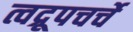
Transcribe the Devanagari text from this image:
त्वद्रूपचर्चे